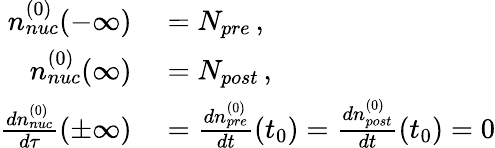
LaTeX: \begin{array}{rl}{n_{nuc}^{(0)}(-\infty)}&{{}=N_{pre}\, ,}\\ {n_{nuc}^{(0)}(\infty)}&{{}=N_{post}\, ,}\\ {{\frac{dn_{nuc}^{(0)}}{d\tau}}(\pm\infty)}&{{}={\frac{dn_{pre}^{(0)}}{dt}}(t_{0})={\frac{dn_{post}^{(0)}}{dt}}(t_{0})=0}\end{array}